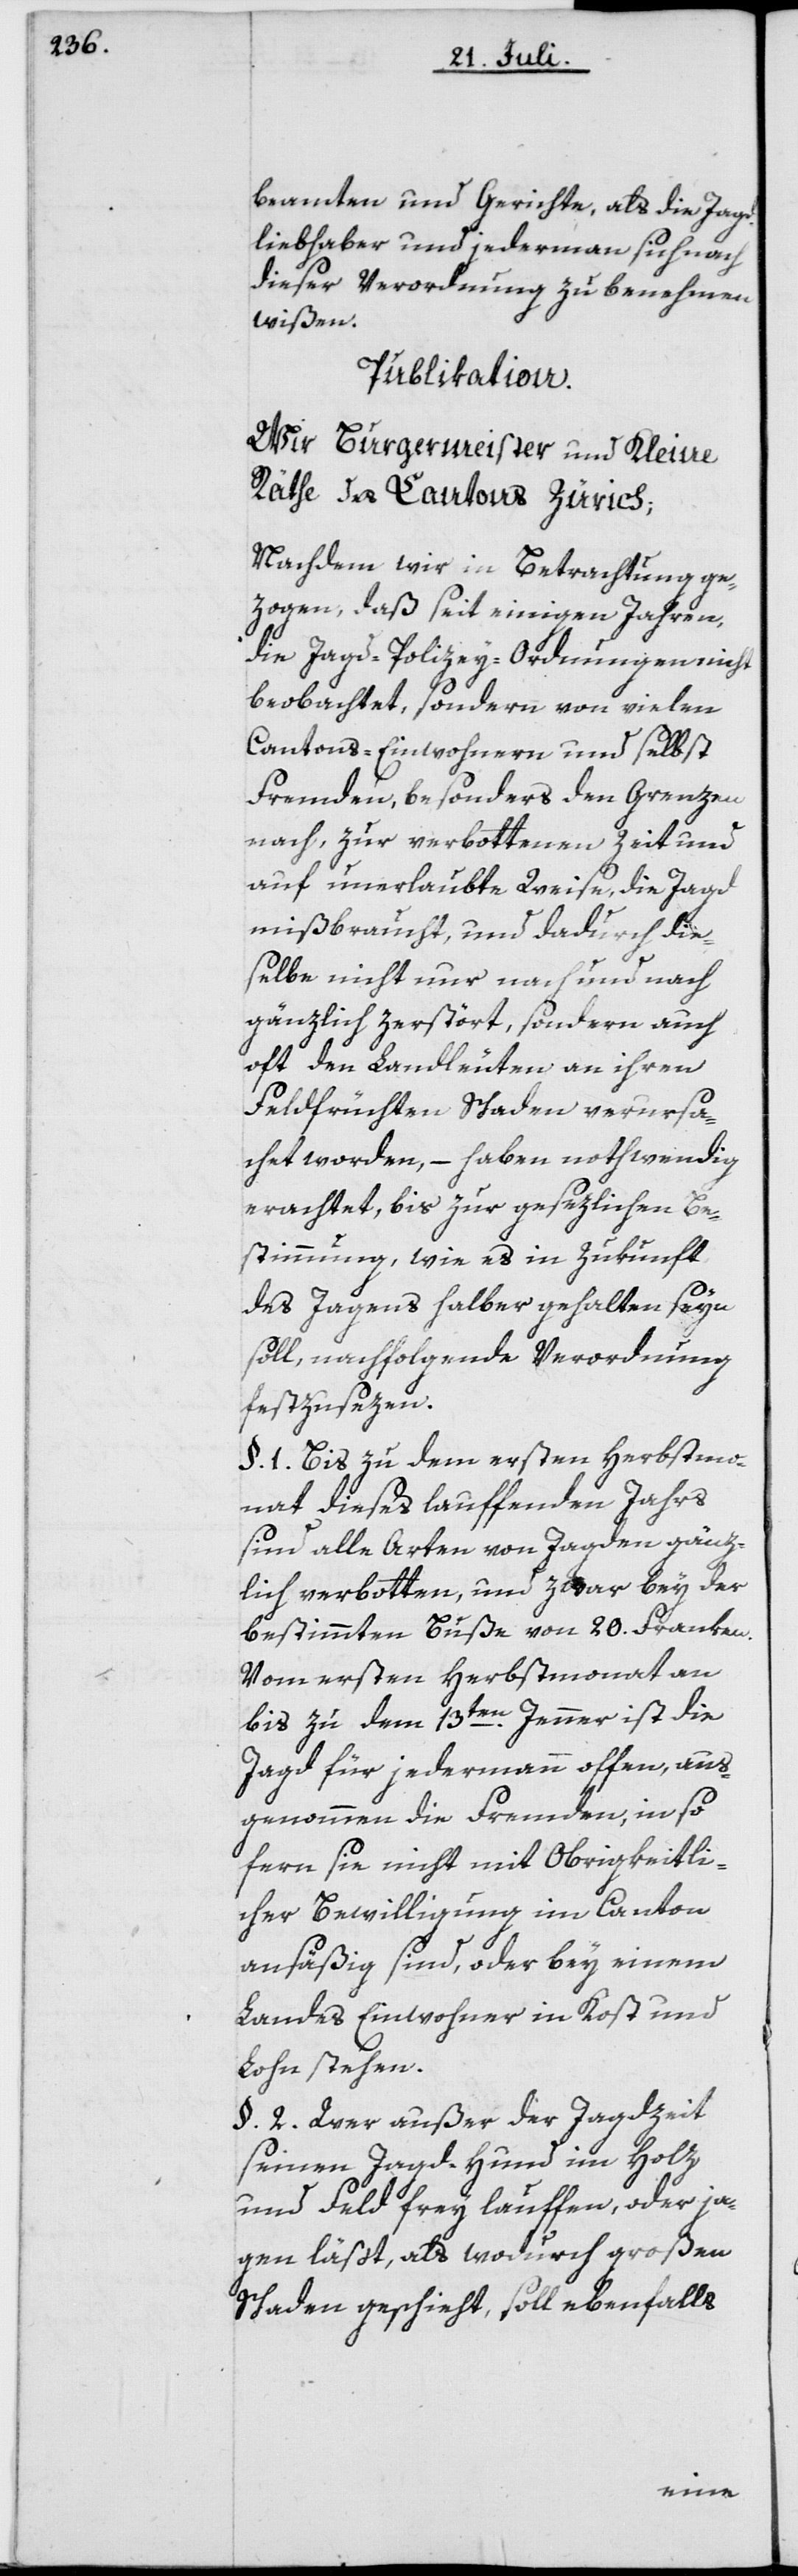
beamten und Gerichte, als die Jag¬
dliebhaber und jederman sich nach
dieser Verordnung zu benehmen
wißen.
Publikation.
Wir Burgermeister und Kleine
Räthe des Cantons Zürich;
Nachdem wir in Betrachtung ge¬
zogen, daß seit einigen Jahren,
die Jagd-Polizey-Ordnungen nicht
beobachtet, sondern von vielen
Cantons-Einwohnern und selbst
Fremden, besonders den Grenzen
nach, zur verbottenen Zeit und
auf unerlaubte Weise, die Jagd
mißbraucht, und dadurch die¬
selbe nicht nur nach und nach
gänzlich zerstört, sondern auch
oft den Landleuten an ihren
Feldfrüchten Schaden verursa¬
chet worden, – haben nothwendig
erachtet, bis zur gesezlichen Be¬
stimmung, wie es in Zukunft
des Jagens halber gehalten seyn
soll, nachfolgende Verordnung
festzusezen:
§. 1. Bis zu dem ersten Herbstmo¬
nat dieses lauffenden Jahrs
sind alle Arten von Jagden gänz¬
lich verbotten, und zwar bey der
bestimmten Buße von 20. Franken.
Vom ersten Herbstmonat an
bis zu dem 13ten Jenner ist die
Jagd für jedermann offen, aus¬
genommen die Fremden, in so
fern sie nicht mit Obrigkeitli¬
cher Bewilligung im Canton
ansäßig sind, oder bey einem
Landes Einwohner in Kost und
Lohn stehen.
§. 2. Wer außer der Jagdzeit
seinen Jagd-Hund im Holz
und Feld frey lauffen, oder ja¬
gen lässt, als wodurch großen
Schaden geschieht, soll ebenfalls